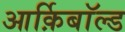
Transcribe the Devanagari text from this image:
आर्क़िबाॅल्ड